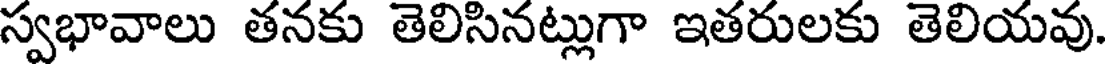
స్వభావాలు తనకు తెలిసినట్లుగా ఇతరులకు తెలియవు.